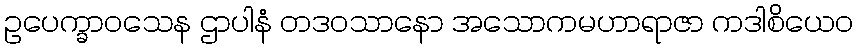
ဥပေက္ခာဝသေန ဌာပါနံ တဒဝသာနော အသောကမဟာရာဇာ ကဒါစိယေဝ